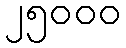
၂၅၀၀၀